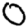
Digit: 0